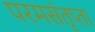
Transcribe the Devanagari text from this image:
परमसंतृप्ता